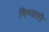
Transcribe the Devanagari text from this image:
मिण्डारी